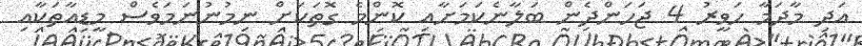
އަދި މާދަމާ ހަވީރު 4 ޖަހަންދެން ބަލާނެކަމަށާއި ކޮންމެ ގޮތަކަށް ނިމުނުނަމަވެސް މީޑިއާތަކާއި